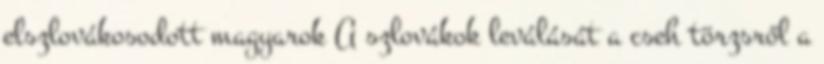
elszlovákosodott magyarok A szlovákok leválását a cseh törzsről a